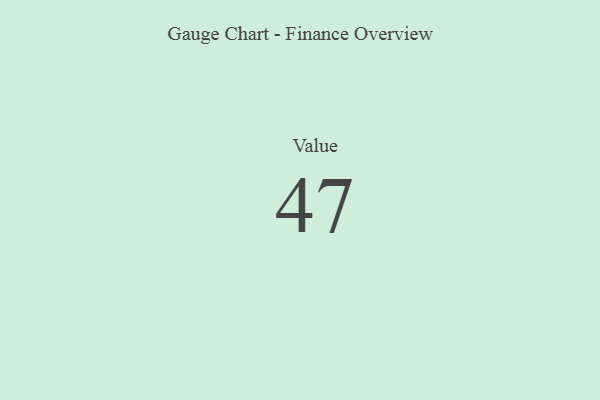
{"axis": {"x": "Metric", "y": "Value"}, "legend": [""], "data": [{"x": "Value", "y": 47, "type": ""}]}